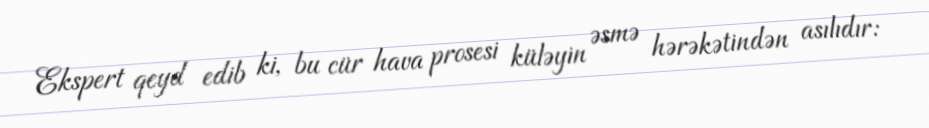
Ekspert qeyd edib ki, bu cür hava prosesi küləyin əsmə hərəkətindən asılıdır: